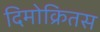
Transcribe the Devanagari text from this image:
दिमोक्रितस